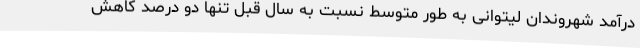
درآمد شهروندان لیتوانی به طور متوسط نسبت به سال قبل تنها دو درصد کاهش